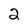
Character: 2